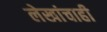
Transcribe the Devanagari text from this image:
लेखांचाही